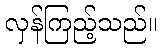
လှန်ကြည့်သည်။